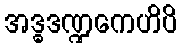
အဒ္ဓဒဏ္ဍကေဟိပိ